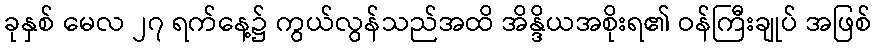
ခုနှစ် မေလ ၂၇ ရက်နေ့၌ ကွယ်လွန်သည်အထိ အိန္ဒိယအစိုးရ၏ ဝန်ကြီးချုပ် အဖြစ်